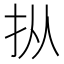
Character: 𪭢